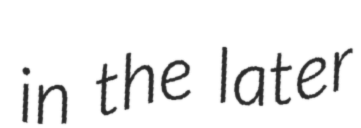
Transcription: in the later